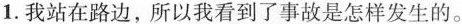
1.我站在路边,所以我看到了事故是怎样发生的。